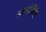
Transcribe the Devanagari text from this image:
सम्बोधिति